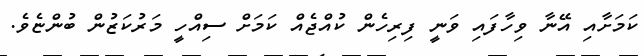
ކަމަށާއި އޭނާ ވިހާފައި ވަނީ ފިރިހެން ކުއްޖެއް ކަމަށް ސިއްހީ މަރުކަޒުން ބުންޏެވެ.